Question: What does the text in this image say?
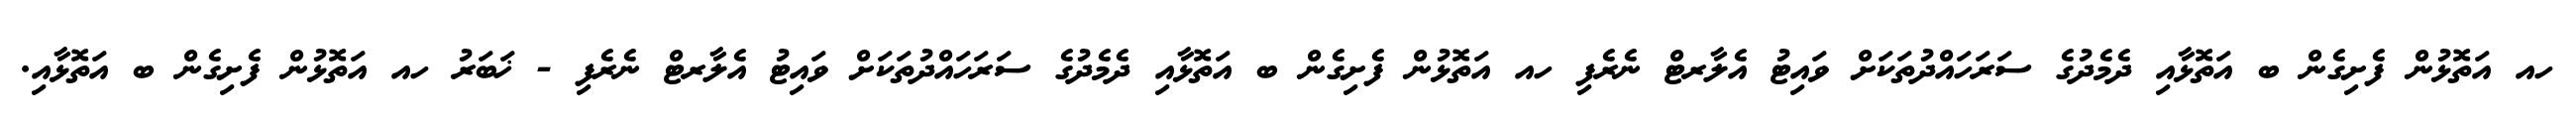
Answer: ހއ އަތޮޅުން ފެށިގެން ބ އަތޮޅާއި ދެމެދުގެ ސަރަހައްދުތަކަށް ވައިޓު އެލާރޓް ނެރެފި ހއ އަތޮޅުން ފެށިގެން ބ އަތޮޅާއި ދެމެދުގެ ސަރަހައްދުތަކަށް ވައިޓު އެލާރޓް ނެރެފި - ޚަބަރު ހއ އަތޮޅުން ފެށިގެން ބ އަތޮޅާއި.